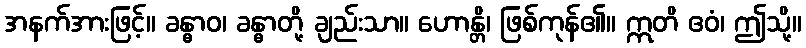
အနက်အားဖြင့်။ ခန္ဓာဝ၊ ခန္ဓာတို့ ချည်းသာ။ ဟောန္တိ၊ ဖြစ်ကုန်၏။ ဣတိ ဧဝံ၊ ဤသို့။